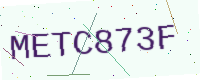
Text: METC873F